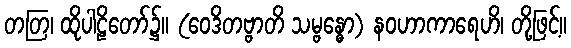
တတြ၊ ထိုပါဠိတော်၌။ (ဝေဒိတဗ္ဗာတိ သမ္ဗန္ဓော) နဝဟာကာရေဟိ၊ တို့ဖြင့်။